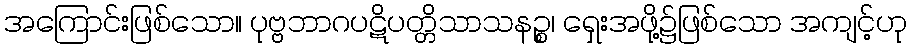
အကြောင်းဖြစ်သော။ ပုဗ္ဗဘာဂပဋိပတ္တိသာသနဉ္စ၊ ရှေးအဖို့၌ဖြစ်သော အကျင့်ဟု